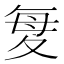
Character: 𫯋